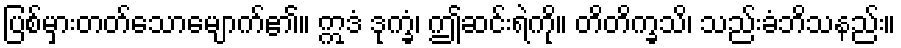
ပြစ်မှားတတ်သောမျောက်၏။ ဣဒံ ဒုက္ခံ၊ ဤဆင်းရဲကို။ တိတိက္ခသိ၊ သည်းခံဘိသနည်း။